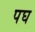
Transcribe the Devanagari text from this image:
पघ